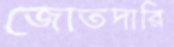
জোতদারি